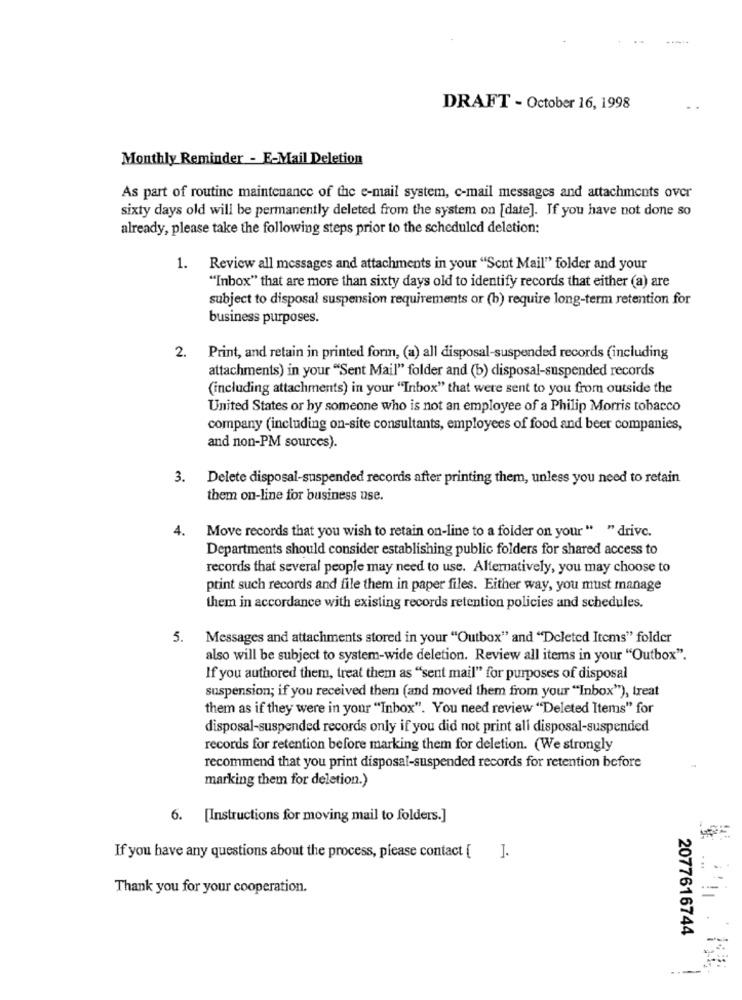
DRAFT - October 16, 1998
Monthly Reminder - E-Mail Deletion
As part of routine maintenance of the e-mail system, c-mail messages and attachments over
sixty days old will be permanently deleted from the system on [date]. If you have not done so
already, please take the following steps prior to the scheduled deletion:
1. Review all messages and attachments in your "Sont Mail" folder and your
"Inbox" that are more than sixty days old to identify records that either (a) are
subject to disposal suspension requirements or (b) require long-term retention for
business purposes.
2. Print, and retain in printed form, (a) all disposal-suspended records (including
attachments) in your "Sent Mail" folder and (b) disposal-suspended records
(including attachments) in your "Inbox" that were sent to you from outside the
United States or by someone who is not an employee of a Philip Morris tobacco
company (including on-site consultants, employees of food and beer companies,
and non-PM sources).
3.
Delete disposal-suspended records after printing them, unless you need to retain
them on-line for business use.
4.
Move records that you wish to retain on-line to a folder on your " " drive.
Departments should consider establishing public folders for shared access to
records that several people may need to use. Alternatively, you may choose to
print such records and file them in paper files. Either way, you must manage
them in accordance with existing records retention policies and schedules.
5.
Messages and attachments stored in your "Outbox" and "Deleted Items" folder
also will be subject to system-wide deletion. Review all items in your "Outbox".
If you authored them, treat them as "sent mail" for purposes of disposal
suspension; if you received them (and moved them from your "Inbox"), treat
them as if they were in your "Inbox". You need review "Deleted Items" for
disposal-suspended records only if you did not print all disposal-suspended
records for retention before marking them for deletion. (We strongly
recommend that you print disposal-suspended records for retention before
marking them for deletion.)
6. [Instructions for moving mail to folders.]
If you have any questions about the process, please contact [ ].
Thank you for your cooperation.
2077616744